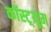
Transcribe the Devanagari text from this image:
कॉस्ट़्यूम